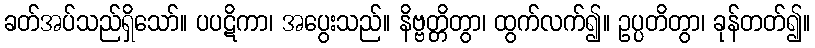
ခတ်အပ်သည်ရှိသော်။ ပပဋိကာ၊ အပွေးသည်။ နိဗ္ဗတ္တိတွာ၊ ထွက်လက်၍။ ဥပ္ပတိတွာ၊ ခုန်တတ်၍။